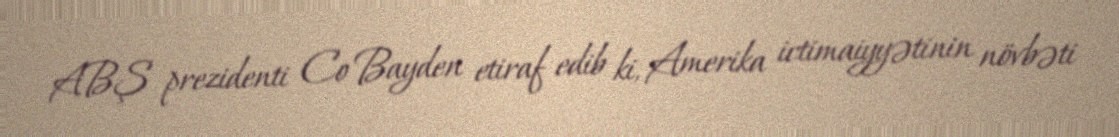
ABŞ prezidenti Co Bayden etiraf edib ki, Amerika ictimaiyyətinin növbəti